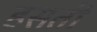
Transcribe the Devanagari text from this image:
हसती